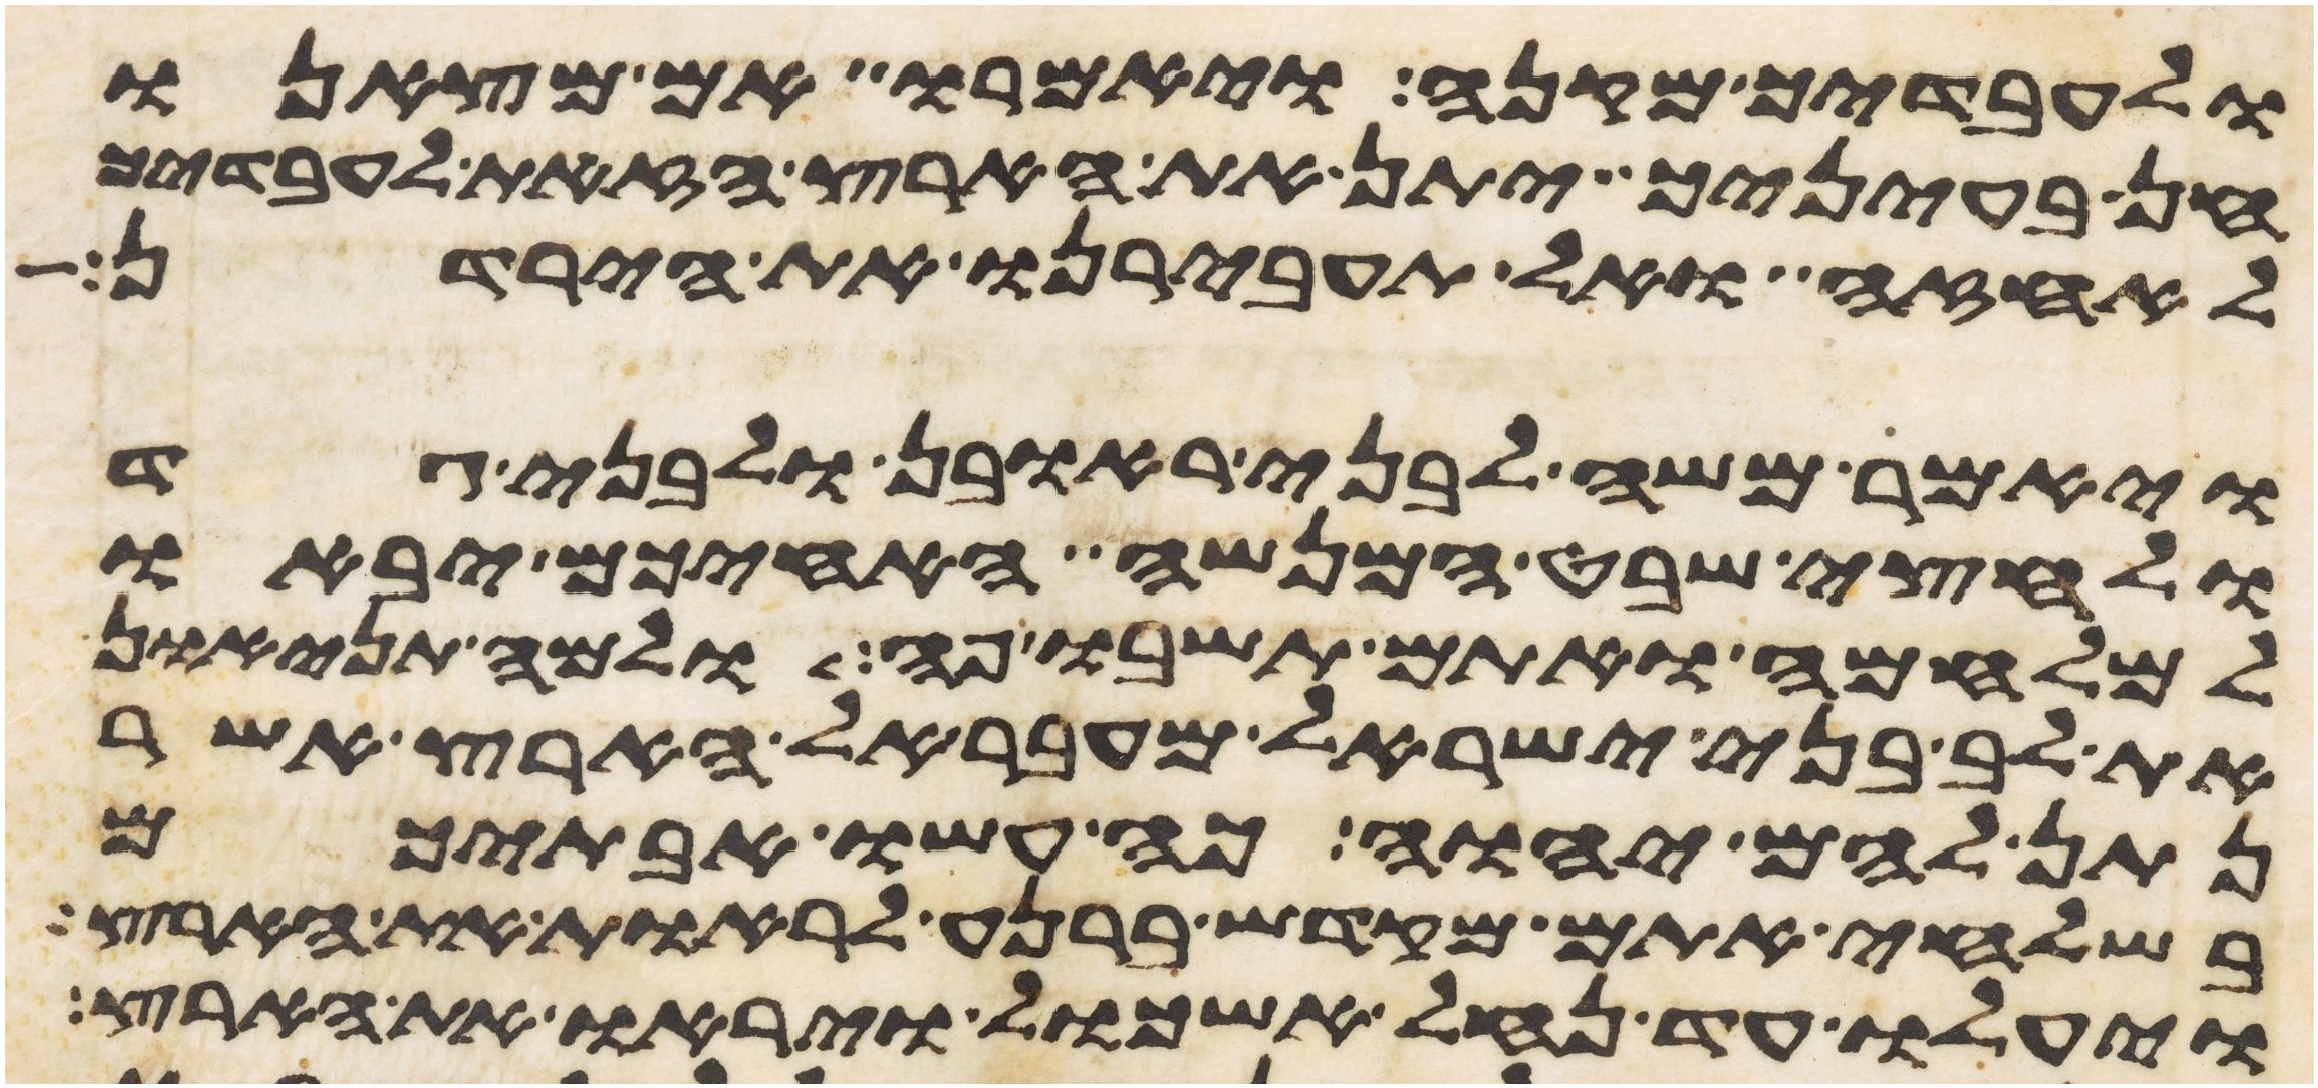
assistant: ולעבדיך מקנה ויאמרו אם מצאנו
חן בעיניך יתן את הארץ הזאת לעבדיך
לאחזה ואל תעבירנו את הירדן
ויאמר משה לבני ראובן ולבני גד
ולחצי שבט המנשה האחיכם יבאו
למלחמה ואתם תשבו פה ולמה תניאו
את לב בני ישראל מעבר אל הארץ אשר
נתן להם יהוה כה עשו אבתיכם
בשלחי אתם מקדש ברנע לראות את הארץ
ויעלו עד נחל אשכול ויראו את הארץ